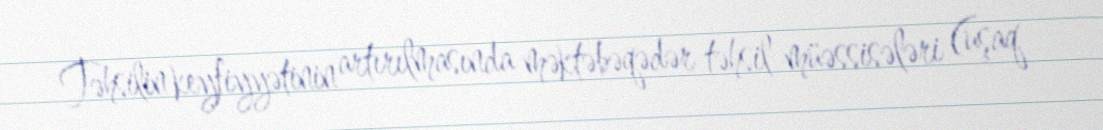
Təhsilin keyfiyyətinin artırılmasında məktəbəqədər təhsil müəssisələri (uşaq